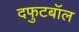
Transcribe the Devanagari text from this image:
दफुटबॉल